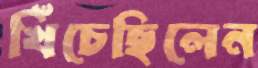
খিঁচেছিলেন